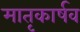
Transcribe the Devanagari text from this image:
मातृकार्षव